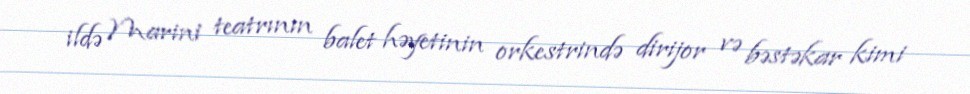
ildə Marini teatrının balet həyetinin orkestrində dirijor və bəstəkar kimi